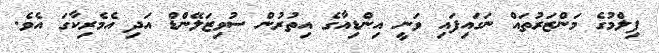
ފިލްމުގެ މަންޒަރުތައް ނަގައިފައި ވަނީ އިންޑިއާގެ އިތުރުން ސުވިޒަލޭންޑް އަދި އެމެރިކާގަ އެވެ.